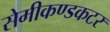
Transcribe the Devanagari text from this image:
सेमीकण्डकटर